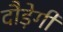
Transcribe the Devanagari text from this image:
दौड़ेगी